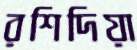
রশিদিয়া